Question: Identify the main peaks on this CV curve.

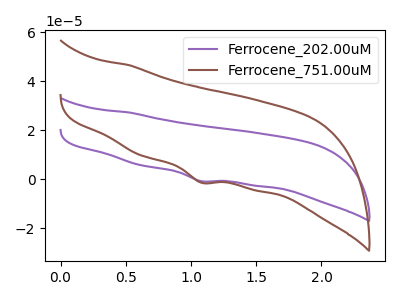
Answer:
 <answer>The purple curve "Ferrocene_202.00uM" has a cathodic peak at: (1.10V, -0.85uA). The brown curve "Ferrocene_751.00uM" has a cathodic peak at: (1.10V, -1.45uA).</answer>
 <eval></eval>